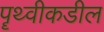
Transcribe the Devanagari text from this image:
पॄथ्वीकडील